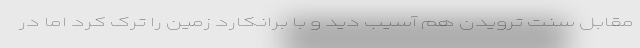
مقابل سنت ترویدن هم آسیب دید و با برانکارد زمین را ترک کرد اما در